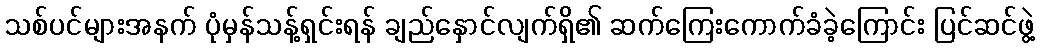
သစ်ပင်များအနက် ပုံမှန်သန့်ရှင်းရန် ချည်နှောင်လျက်ရှိ၏ ဆက်ကြေးကောက်ခံခဲ့ကြောင်း ပြင်ဆင်ဖွဲ့